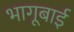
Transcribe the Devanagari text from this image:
भागूबाई